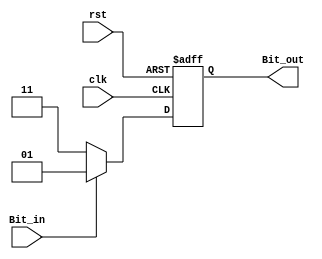
/*
	2023.12.14 
		
	In_Convert.v
:	Bit
	In_Convert
:	
	In_Convert
		Bit0111

	231211 
*/

module In_Convert(
	
	rst,clk,Bit_in,
	Bit_out
);
input	rst;			//
input	clk;			//512KHz
input	Bit_in;			//Bit
output 	reg signed [1:0]	Bit_out;	//

always@(posedge	clk or posedge rst)
	if(rst)
		Bit_out <= 2'b00;
	else
		begin
			if(Bit_in == 1'd1)
				Bit_out <= 2'b01;	//1
			else
				Bit_out <= 2'b11;	//-1
		end

endmodule